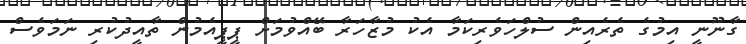
ގާނޫނީ އިމުގެ ތެރެއިން ސުލްހަވެރިކަމާ އެކު މުޒާހަރާ ބޭއްވުމަށް ޕީޕީއެމުން ތާއީދުކުރި ނަމަވެސް